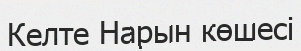
Келте Нарын көшесі